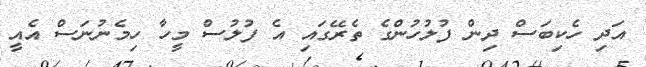
އަދި ހެކިބަސް ދިން ފުލުހުންގެ ތެރޭގައި އެ ފުލުސް މީހާ ހިމެނުނަސް އެއީ